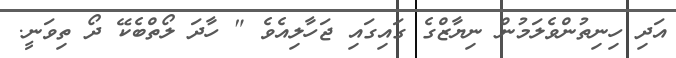
އަދި ހިނިތުންވެލަމުން ނިޔާޒްގެ ގައިގައި ޖަހާލިއެވެ " ހާދަ ލޯތްބެކޭ ދޯ ތިވަނީ.